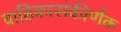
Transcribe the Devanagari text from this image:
वाहिकासंकीर्णक